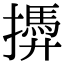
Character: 𢶚